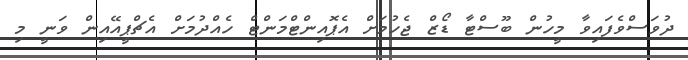
ދުވަސްވެފައިވާ މީހުން ބޫސްޓާ ޑޯޒް ޖެހުމަށް އެޕޮއިންޓްމަންޓް ހެއްދުމަށް އެޗްޕީއޭއިން ވަނީ މި